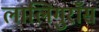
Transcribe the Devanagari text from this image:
लालिगुराँस